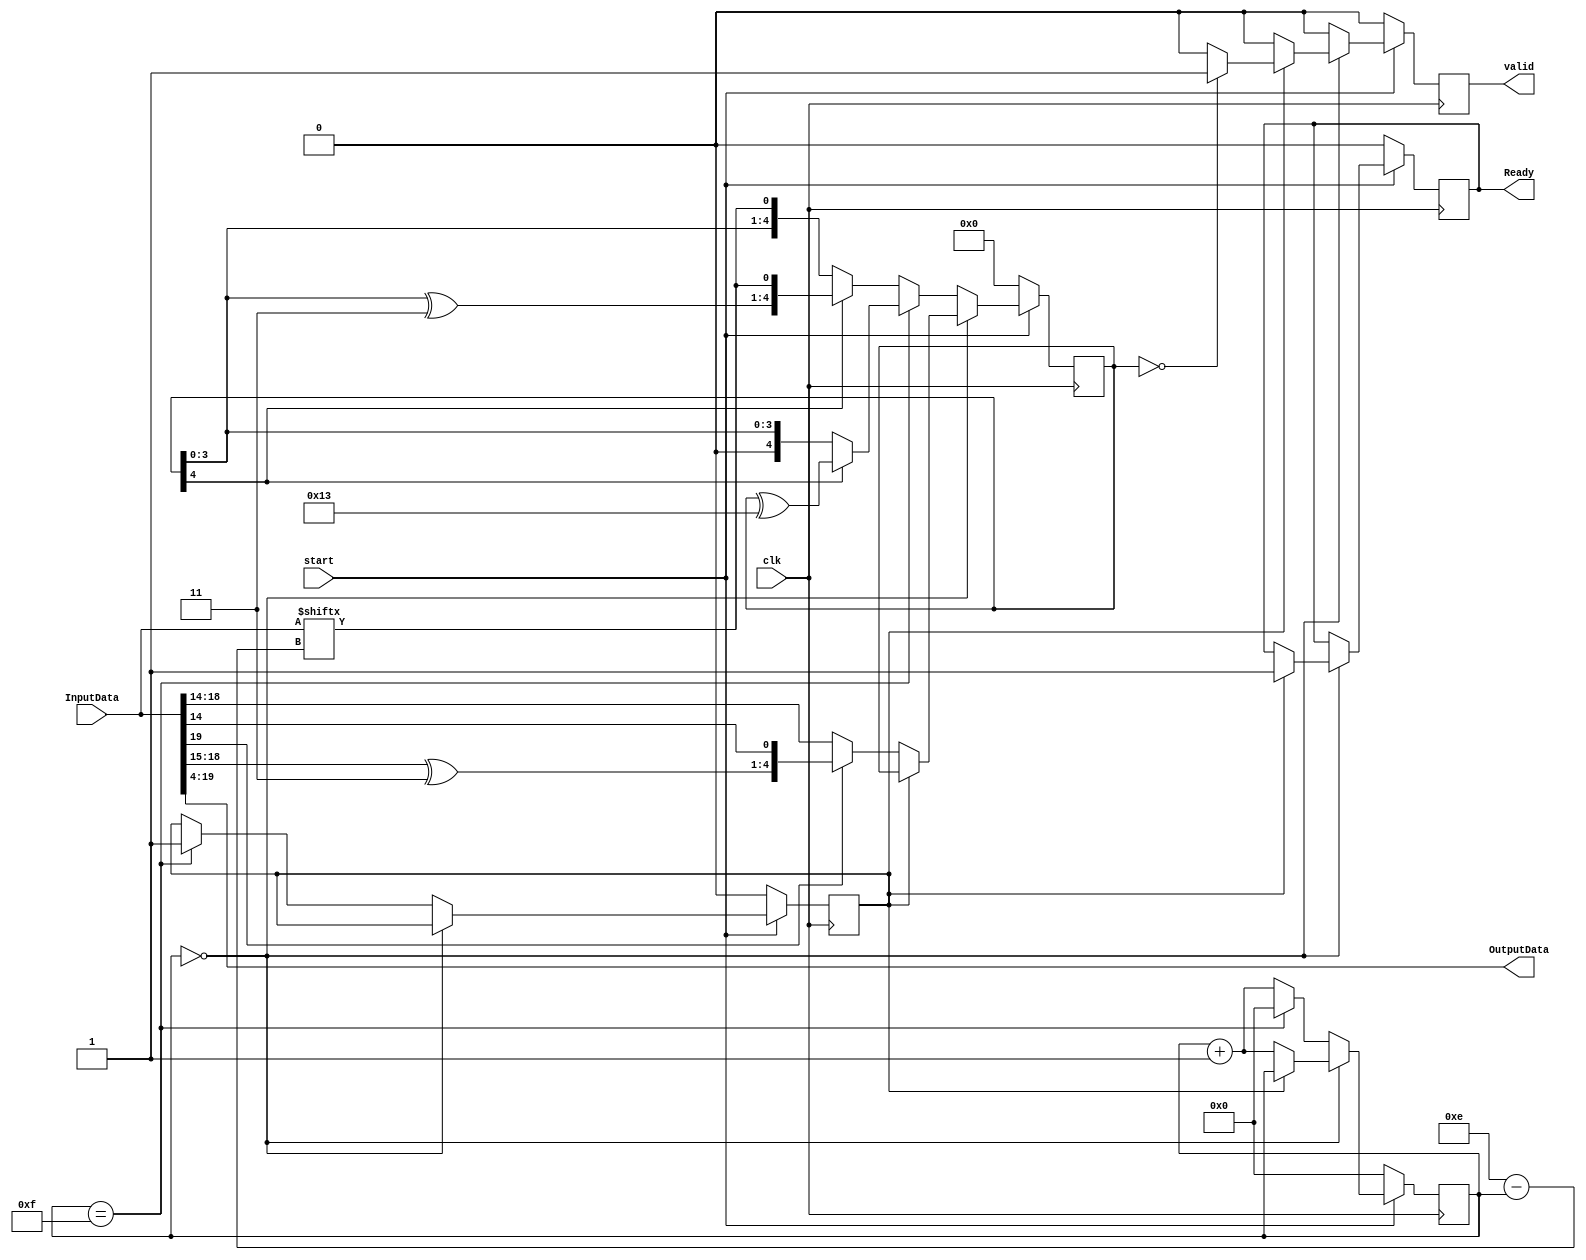
`timescale 1ns / 1ps
//////////////////////////////////////////////////////////////////////////////////
// Company: 
// Engineer: 
// 
// Design Name: 
// Module Name: CRC
// Project Name: 
// Target Devices: 
// Tool Versions: 
// Description: 
// 
// Dependencies: 
// 
// Revision:
// Revision 0.01 - File Created
// Additional Comments:
// 
//////////////////////////////////////////////////////////////////////////////////


module CRC_Decoder #(
    parameter INPUT_BITS = 20,
    parameter OUTPUT_BITS = INPUT_BITS - 4
    )
    (
        input clk,
        input start,
        input[INPUT_BITS-1:0] InputData,
        output reg Ready,
        output reg valid,
        output [OUTPUT_BITS-1:0] OutputData
    );

    wire[4:0] Divisor = 5'b10011;
    reg[4:0] Divident;

    reg[15:0] Counter;
    reg endOfOp;

    assign OutputData = InputData[INPUT_BITS-1:4];

    always @(posedge clk) begin
        if(!start) begin
            // OutputData <= 0;
            Counter <= 0;
            Ready <= 0;
            endOfOp <= 0;
            Divident <= 0;
            valid <= 0;
        end else begin
            valid <= 0;
            if(!Counter)
                if(!endOfOp) begin
                    if(InputData[INPUT_BITS-1])
                        Divident <= 
                            {(InputData[INPUT_BITS-2:INPUT_BITS-5] ^ Divisor[3:0]),
                                InputData[INPUT_BITS-6]};
                    else
                        Divident <= {InputData[INPUT_BITS-2:INPUT_BITS-5],
                            InputData[INPUT_BITS-6]};
                    Counter <= Counter + 1;
                end else begin
                    if(Divident == 0) begin
                        valid <= 1;
                    end
                    // else begin
                    //     OutputData <= 0; // ??
                    // end
                    Ready <= 1;
                end
            else begin
                Counter <= Counter + 1;
                if(Counter == INPUT_BITS-5) begin
                    endOfOp <= 1;
                    Counter <= 0;
                    if(Divident[4])
                        Divident <= Divident ^ Divisor;
                end else begin
                    if(Divident[4])
                        Divident <= {(Divident[3:0] ^ Divisor[3:0]),
                            InputData[INPUT_BITS - 6 - Counter]};
                    else
                        Divident <= {Divident[3:0], InputData[INPUT_BITS - 6 - Counter]};
                end
            end
        end
    end

endmodule